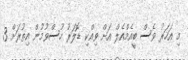
މި އަހަރު ވެސް ބީއެމްއެލް އަށް ވިއްކި ޑޮލަރު ހުސްވުމުން އިތުރަށް 3